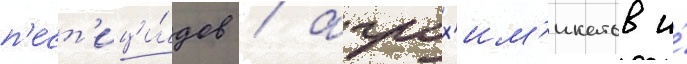
п'ест'ици́дов / агрох'им'икатов и́